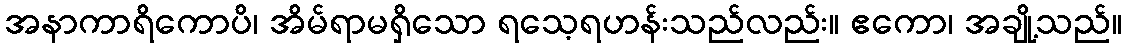
အနာကာရိကောပိ၊ အိမ်ရာမရှိသော ရသေ့ရဟန်းသည်လည်း။ ဧကော၊ အချို့သည်။